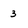
Character: 3